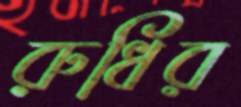
রুধির